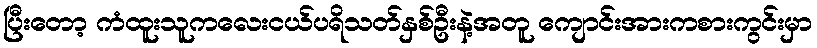
ပြီးတော့ ကံထူးသူကလေးငယ်ပရိသတ်နှစ်ဦးနဲ့အတူ ကျောင်းအားကစားကွင်းမှာ